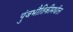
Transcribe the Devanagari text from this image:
पुंजभौतिकीमधील